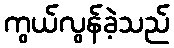
ကွယ်လွန်ခဲ့သည်